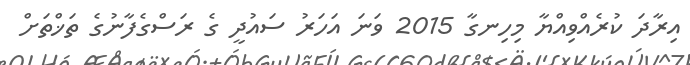
އިރާދަ ކުރެއްވިއްޔާ މިހިނގާ 2015 ވަނަ އަހަރު ސައުދީ ގެ ރަސްގެފާނުގެ ތަޚްތަށް